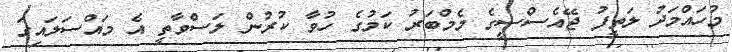
މުހައްމަދު ލަތީފު ޖޭއެސްސީގެ މެމްބަރު ކަމުގެ ހުވާ ކުރުން ލަސްވާތީ އެ މައްސަލައިގަ